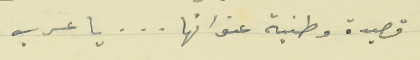
قصيدة وطنية عنوانها . . . يا عرب